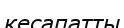
кесапатты